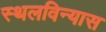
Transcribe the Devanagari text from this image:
स्थलविन्यास